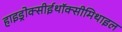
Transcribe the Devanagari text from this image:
हाइड्रोक्सीईथॉक्सीमिथाइल